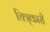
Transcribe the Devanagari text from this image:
चित्र्कारी